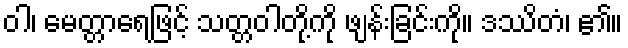
ဝါ၊ မေတ္တာရေဖြင့် သတ္တဝါတို့ကို ဖျန်းခြင်းကို။ ဒဿိတံ၊ ၏။